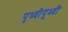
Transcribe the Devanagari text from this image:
पृथ्वीपृथ्वी